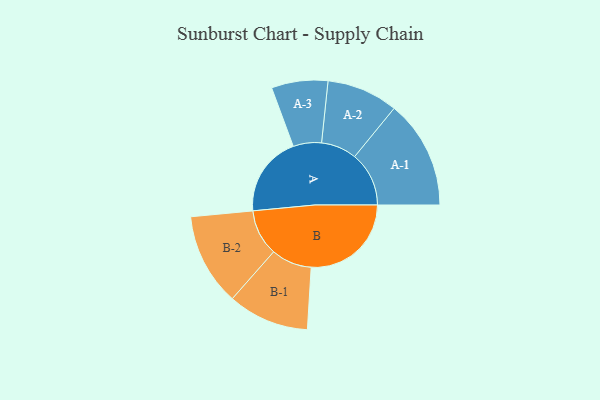
{"axis": {"x": "Segment", "y": "Value"}, "legend": ["", "A", "B"], "data": [{"x": "A", "y": 388, "type": ""}, {"x": "B", "y": 483, "type": ""}, {"x": "A-1", "y": 262, "type": "A"}, {"x": "A-2", "y": 172, "type": "A"}, {"x": "A-3", "y": 136, "type": "A"}, {"x": "B-1", "y": 196, "type": "B"}, {"x": "B-2", "y": 223, "type": "B"}]}